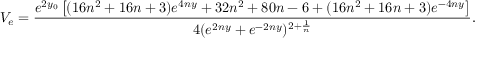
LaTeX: V _ { e } = \frac { e ^ { 2 y _ { 0 } } \left[ ( 1 6 n ^ { 2 } + 1 6 n + 3 ) e ^ { 4 n y } + 3 2 n ^ { 2 } + 8 0 n - 6 + ( 1 6 n ^ { 2 } + 1 6 n + 3 ) e ^ { - 4 n y } \right] } { 4 ( e ^ { 2 n y } + e ^ { - 2 n y } ) ^ { 2 + \frac { 1 } { n } } } .